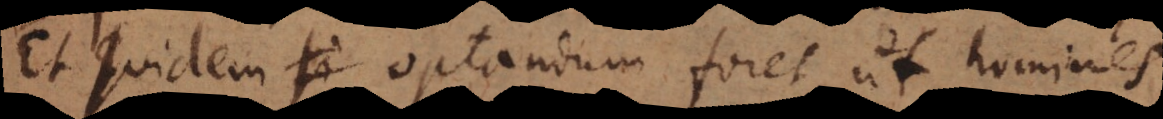
Et quidem optandum foret, ut homines